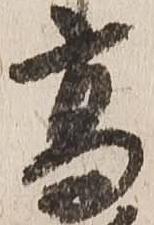
高